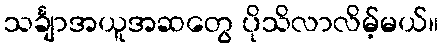
သင်္ချာအယူအဆတွေ ပိုသိလာလိမ့်မယ်။